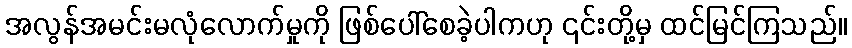
အလွန်အမင်းမလုံလောက်မှုကို ဖြစ်ပေါ်စေခဲ့ပါကဟု ၎င်းတို့မှ ထင်မြင်ကြသည်။